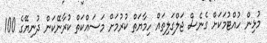
މުޅިން ހުއްޓުމަކަށް ގެނެސް ޖަލްގަލިތައް ހިމާޔަތް ކުރުމަށް މަސައްކަތް ކުރާނޭކަން ދުނިޔޭގެ 100